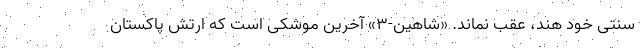
سنتی خود هند، عقب نماند. «شاهین-۳» آخرین موشکی است که ارتش پاکستان